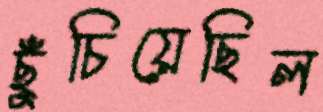
ছুঁচিয়েছিল